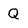
Character: Q